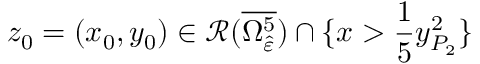
z _ { 0 } = ( x _ { 0 } , y _ { 0 } ) \in \mathcal { R } ( \overline { { \Omega _ { \hat { \varepsilon } } ^ { 5 } } } ) \cap \{ x > \frac { 1 } { 5 } y _ { P _ { 2 } } ^ { 2 } \}